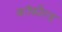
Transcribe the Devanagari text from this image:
कॉफील्ड